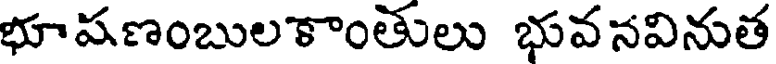
భూషణంబులకాంతులు భువనవినుత